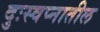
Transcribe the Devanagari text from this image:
दुःस्वप्नातील